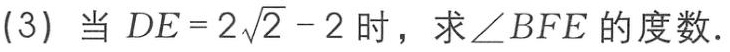
(3) 当 \(DE = 2\sqrt{2}-2\) 时，求 \(\angle BFE\) 的度数.